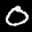
Label: 0